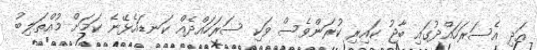
އަދި އެސަރަހައްދުގައި ބާޖު ކައިރި ކުރަންވެސް ވަކި ސަރަހައްދެއް ކަނޑައެޅޭނެ ކަމަށް މުއްތަލިބު